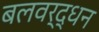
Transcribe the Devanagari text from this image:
बलवर्द्धन